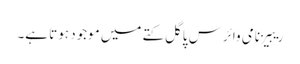
ریبیز نامی وائرس پاگل کتے میں موجود ہوتا ہے۔